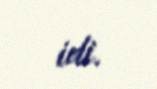
idi.